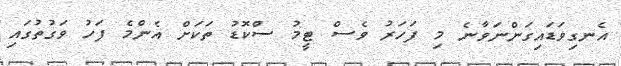
އެނގިވަޑައިގަންނަވާނެ މި ފަހަރު ވެސް ޓީމު ސްކޮޑު ތަކަށް އެންމެ ފަހު ވަގުތުގައި